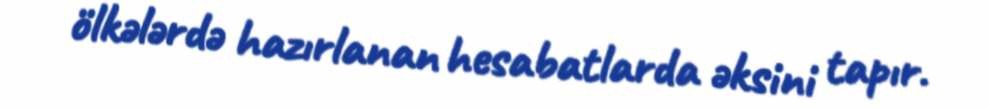
ölkələrdə hazırlanan hesabatlarda əksini tapır.